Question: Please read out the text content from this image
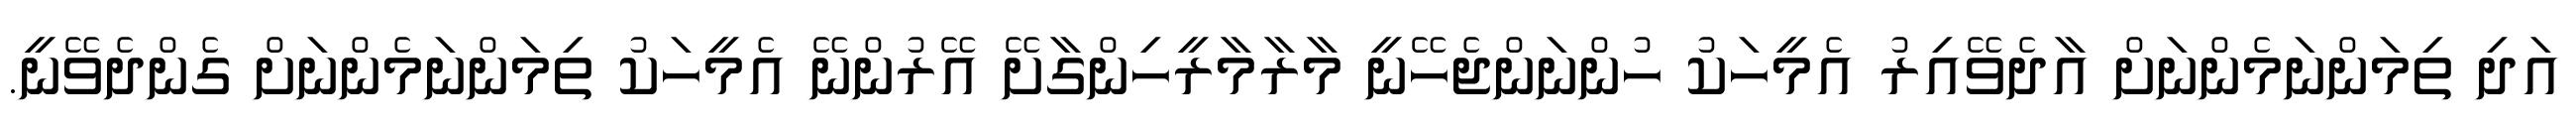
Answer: އަދި ތިމަންނަމެންނަށް އާދެވޭއިރު އެމީހަކު ހުންނަންޖެހޭނީ މާރާމާރީހިންގާށޭ އޭރުންނޭ އެމީހަކު ތިމަންނަމެންނަށް ގެންދެވޭނީ.